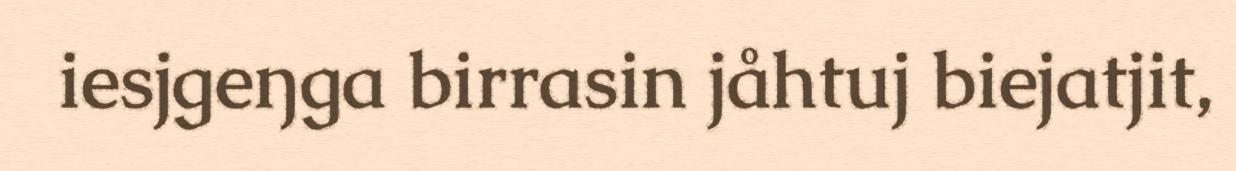
iesjgeŋga birrasin jåhtuj biejatjit,